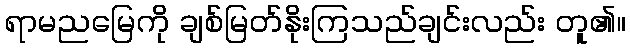
ရာမညမြေကို ချစ်မြတ်နိုးကြသည်ချင်းလည်း တူ၏။